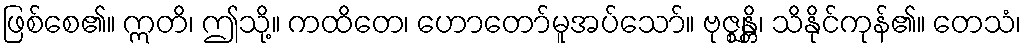
ဖြစ်စေ၏။ ဣတိ၊ ဤသို့။ ကထိတေ၊ ဟောတော်မူအပ်သော်။ ဗုဇ္ဈန္တိ၊ သိနိုင်ကုန်၏။ တေသံ၊